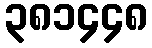
၃၈၁၄၄၈